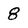
Character: 8